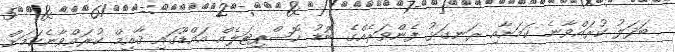
ބަދަލު ކުރައްވާނެ ކަމަށާއި ރަނގަޅު ފެންވަރެއްގެ ބޮޑު ހޮސްޕިޓަލެއް އައްޑޫގައި ޤާއިމް ކުރައްވާނެކަމަށް